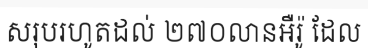
សរុបរហូតដល់ ២៧០លានអឺរ៉ូ ដែល